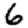
Digit: 6